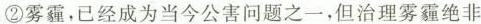
②雾霾，已经成为当今公害问题之一，但治理雾霾绝非